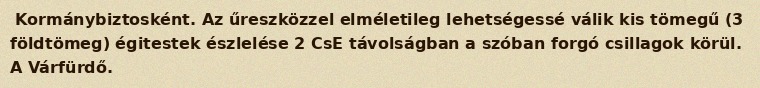
Kormánybiztosként. Az űreszközzel elméletileg lehetségessé válik kis tömegű (3 földtömeg) égitestek észlelése 2 CsE távolságban a szóban forgó csillagok körül. A Várfürdő.